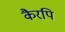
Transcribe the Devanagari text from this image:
कैरपि